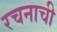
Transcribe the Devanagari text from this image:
रचनाची